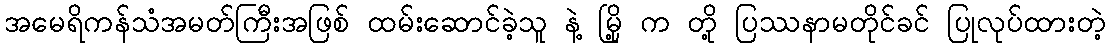
အမေရိကန်သံအမတ်ကြီးအဖြစ် ထမ်းဆောင်ခဲ့သူ နဲ့ မြို့ က တို့ ပြဿနာမတိုင်ခင် ပြုလုပ်ထားတဲ့